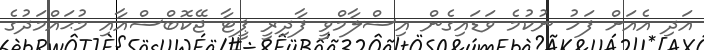
އަދި އެއަށް ފަހު ނުކުމެ ވަޑައިގެން އިސްލާމްވީ ފާދިރީ ޕީޓާ ޖޭކޮބްސްއާއި މުޙައްމަދުގެ